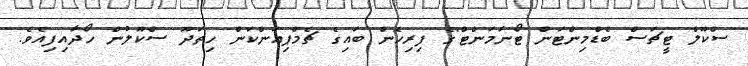
ސްކޫލް ޓީޗަސް ބެޑްމިންޓަން ޓޯނަމަންޓް"ގެ ފިރިހެން ބައިގެ ޗެމްޕިއަންކަން ހިތަދޫ ސްކޫލުން ހޯދާއިފިއެވެ.